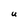
Character: U